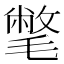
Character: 𣰉